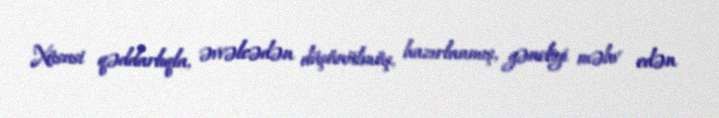
Xüsusi qəddarlıqla, əvvəlcədən düşünülmüş, hazırlanmış, gəncliyi məhv edən